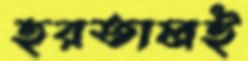
হরতালই